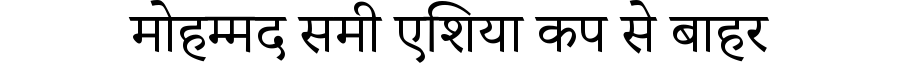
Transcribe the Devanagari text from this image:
मोहम्मद समी एशिया कप से बाहर